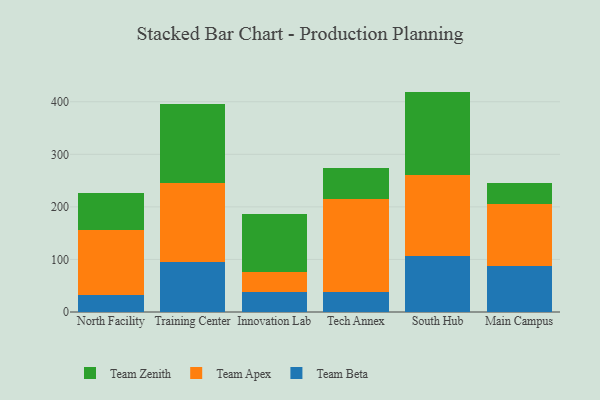
{"axis": {"x": "Campus", "y": "Net Income (USD K)"}, "legend": ["Team Apex", "Team Beta", "Team Zenith"], "data": [{"x": "North Facility", "y": 31.7, "type": "Team Beta"}, {"x": "North Facility", "y": 123.9, "type": "Team Apex"}, {"x": "North Facility", "y": 70.3, "type": "Team Zenith"}, {"x": "Training Center", "y": 95.9, "type": "Team Beta"}, {"x": "Training Center", "y": 149.2, "type": "Team Apex"}, {"x": "Training Center", "y": 150.5, "type": "Team Zenith"}, {"x": "Innovation Lab", "y": 38.3, "type": "Team Beta"}, {"x": "Innovation Lab", "y": 37.3, "type": "Team Apex"}, {"x": "Innovation Lab", "y": 110.0, "type": "Team Zenith"}, {"x": "Tech Annex", "y": 38.0, "type": "Team Beta"}, {"x": "Tech Annex", "y": 177.3, "type": "Team Apex"}, {"x": "Tech Annex", "y": 59.0, "type": "Team Zenith"}, {"x": "South Hub", "y": 106.8, "type": "Team Beta"}, {"x": "South Hub", "y": 153.3, "type": "Team Apex"}, {"x": "South Hub", "y": 159.2, "type": "Team Zenith"}, {"x": "Main Campus", "y": 88.2, "type": "Team Beta"}, {"x": "Main Campus", "y": 117.6, "type": "Team Apex"}, {"x": "Main Campus", "y": 38.7, "type": "Team Zenith"}]}